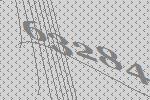
63284